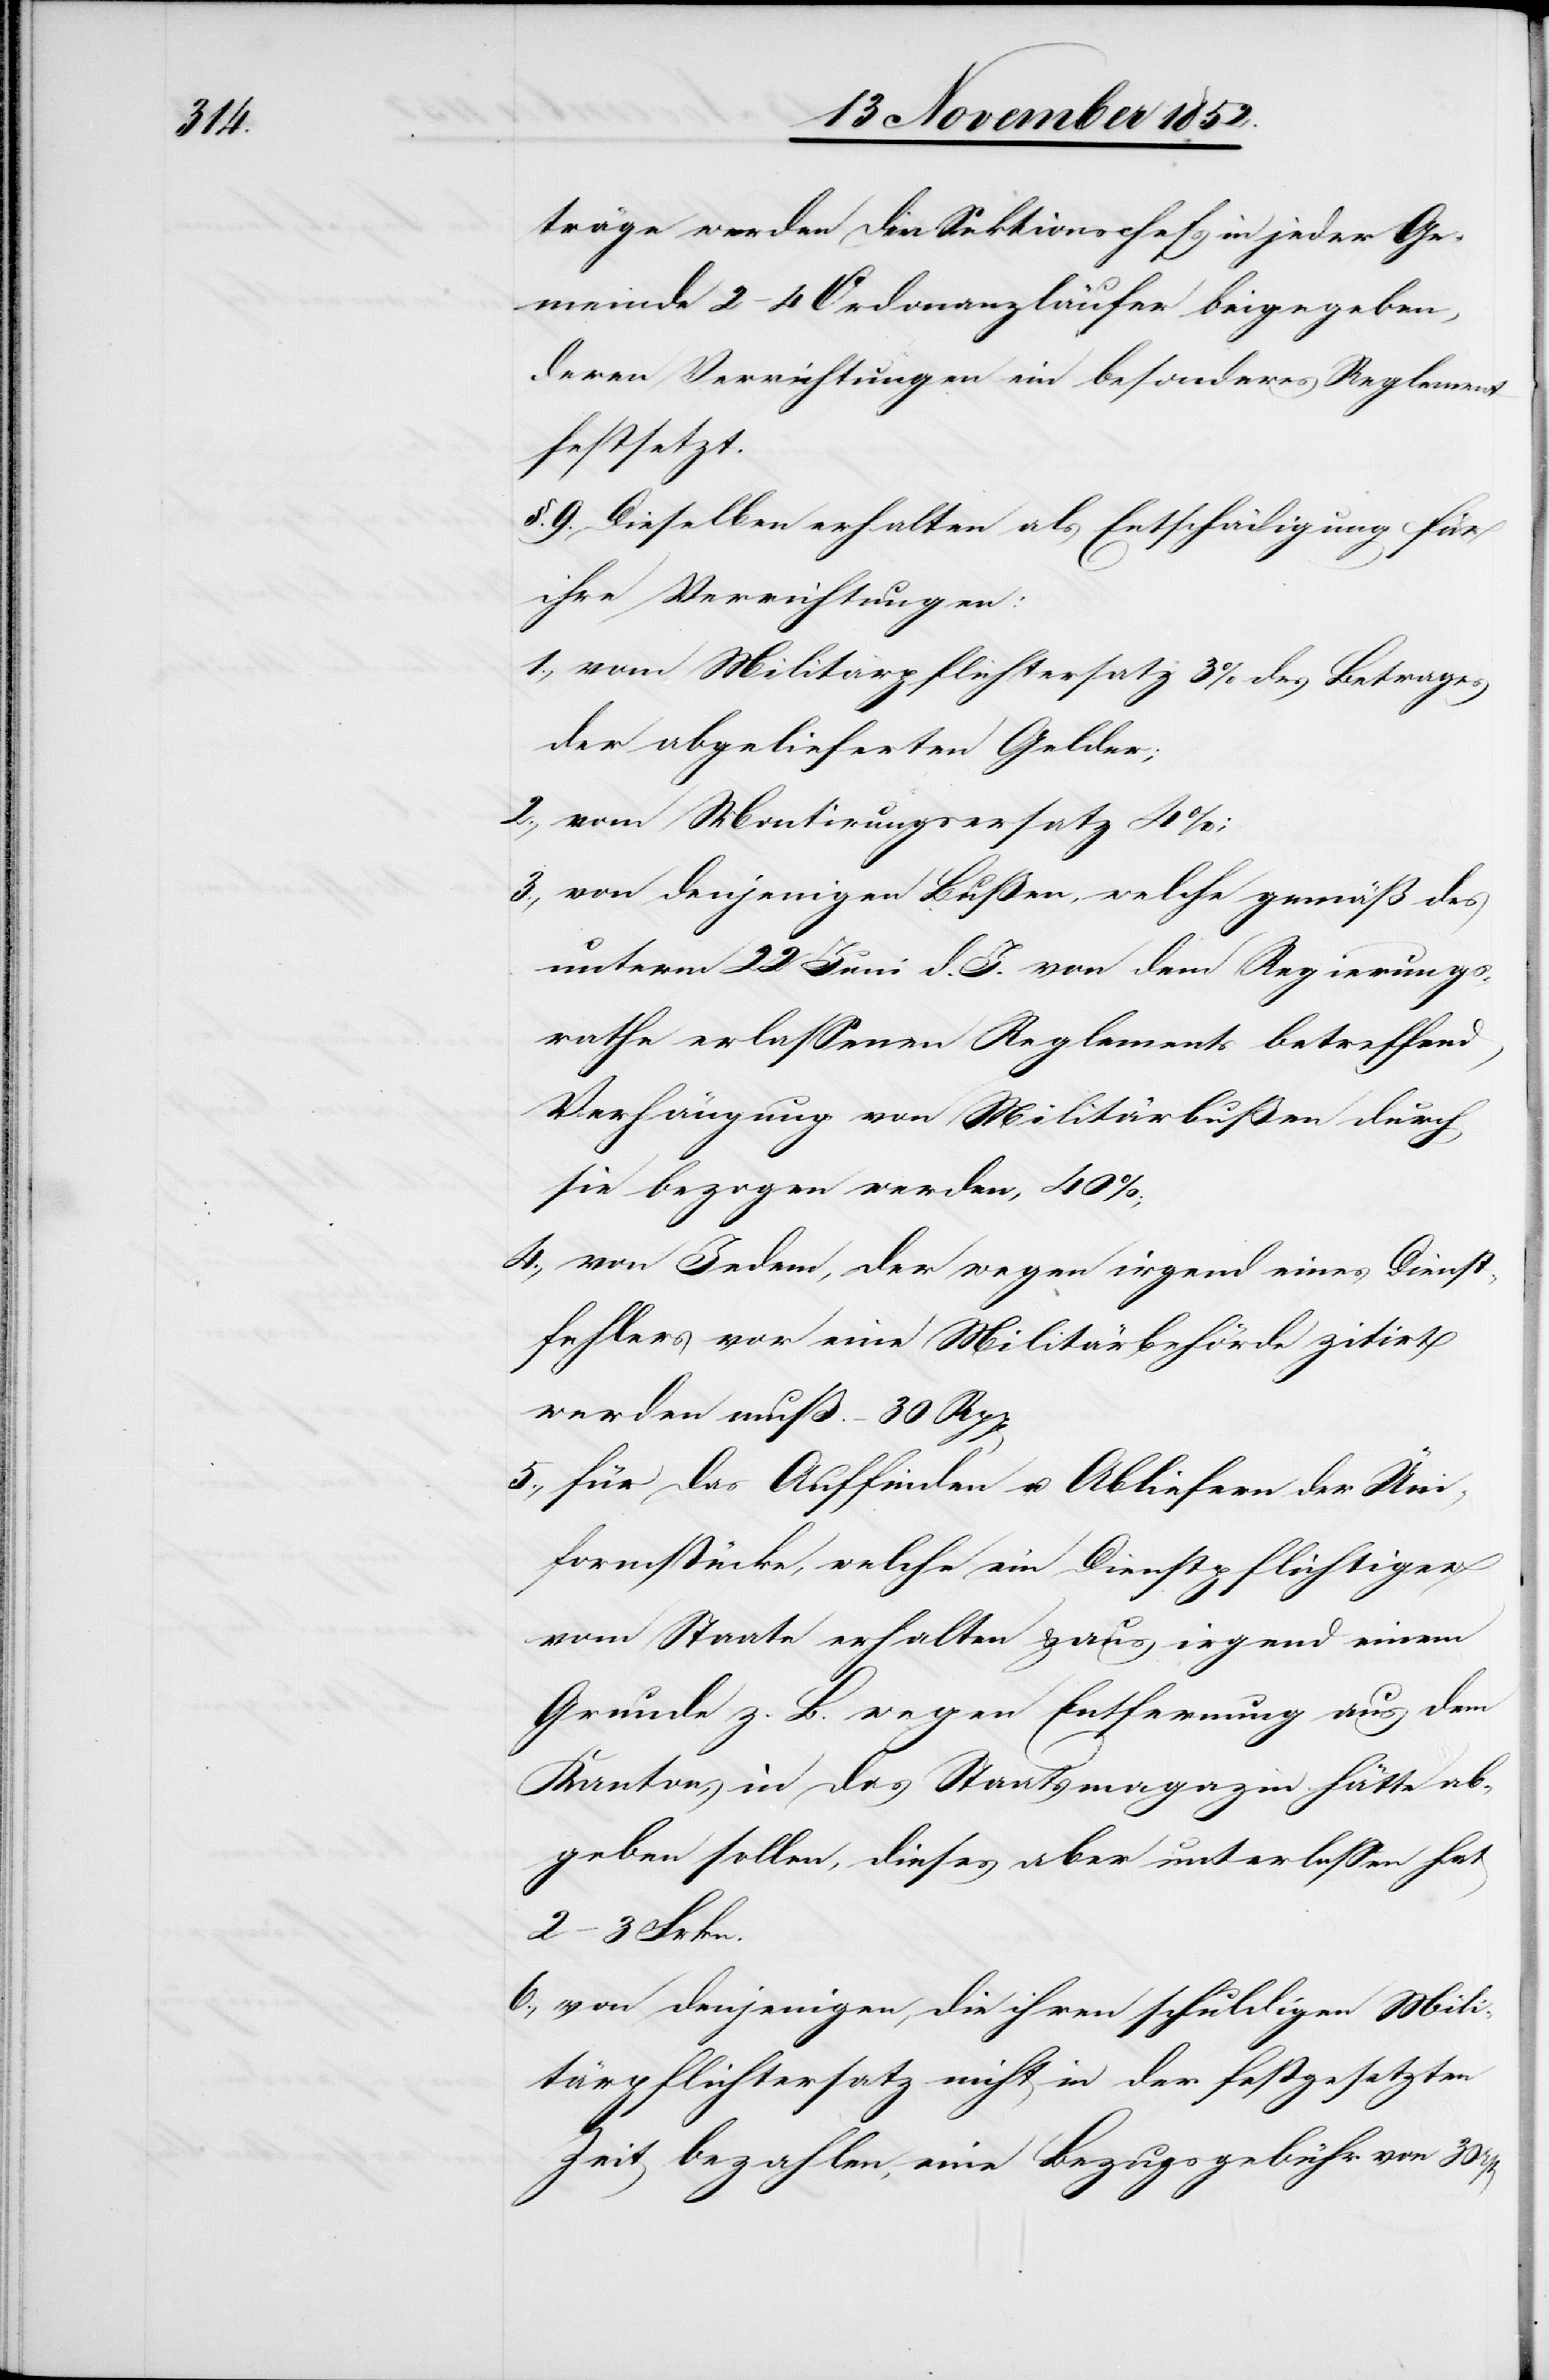
3.,

träge werden den Sektionschefs in jeder Ge¬
meinde 2–4 Ordonanzläufer beigegeben,
deren Verrichtungen ein besonderes Reglement
festsetzt.
§. 9. Dieselben erhalten als Entschädigung für
ihre Verrichtungen:
vom Militärpflichtersatz 3% des Betrages
der abgelieferten Gelder;
vom Montirungsersatz 4%
von denjenigen Bußen, welche gemäß des
unterm 22 Juni d. J. von dem Regierungs¬
rathe erlassenen Reglements betreffend
Verhängung von Militärbußen durch
sie bezogen werden, 40%;
von Jedem, der wegen irgend eines Dienst¬
fehlers vor eine Militärbehörde zitirt
werden muß. – 30 Rpp[en]
für das Auffinden u. Abliefern der Üni¬
formstücke, welche ein Dienstpflichtiger
vom Staate erhalten & aus irgend einem
Grunde z. B. wegen Entfernung aus dem
Kanton, in das Staatsmagazin hätte ab¬
geben sollen, dieses aber unterlassen hat
von denjenigen, die ihren schuldigen Mili¬
tärpflichtersatz nicht in der festgesetzten
Zeit bezahlen, eine Bezugsgebühr von 30